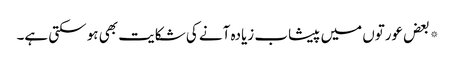
*بعض عورتوں میں پیشاب زیادہ آنے کی شکایت بھی ہو سکتی ہے۔